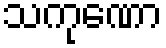
သကုဏော